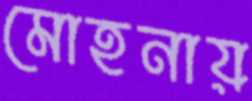
মোহনায়